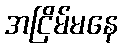
အငြိမ်မနေ